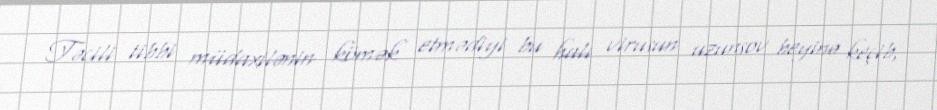
Təcili tibbi müdaxilənin kömək etmədiyi bu halı virusun uzunsov beyinə keçib,